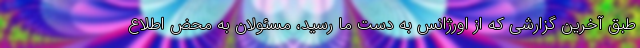
طبق آخرین گزارشی که از اورژانس به دست ما رسید، مسئولان به محض اطلاع